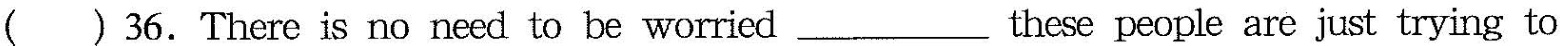
( ) 36.There is no need to be worried___these people are just trying to